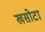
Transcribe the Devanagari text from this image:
खसोटा